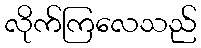
လိုက်ကြလေသည်